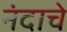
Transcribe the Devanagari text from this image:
नंदाचे